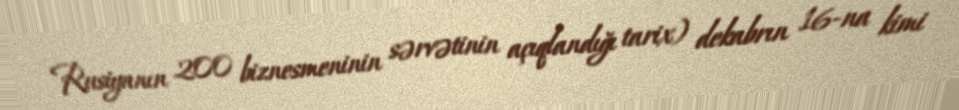
Rusiyanın 200 biznesmeninin sərvətinin açıqlandığı tarix) dekabrın 16-na kimi